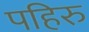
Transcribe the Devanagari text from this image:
पहिरु